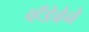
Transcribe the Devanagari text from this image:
व्हँडेवेने